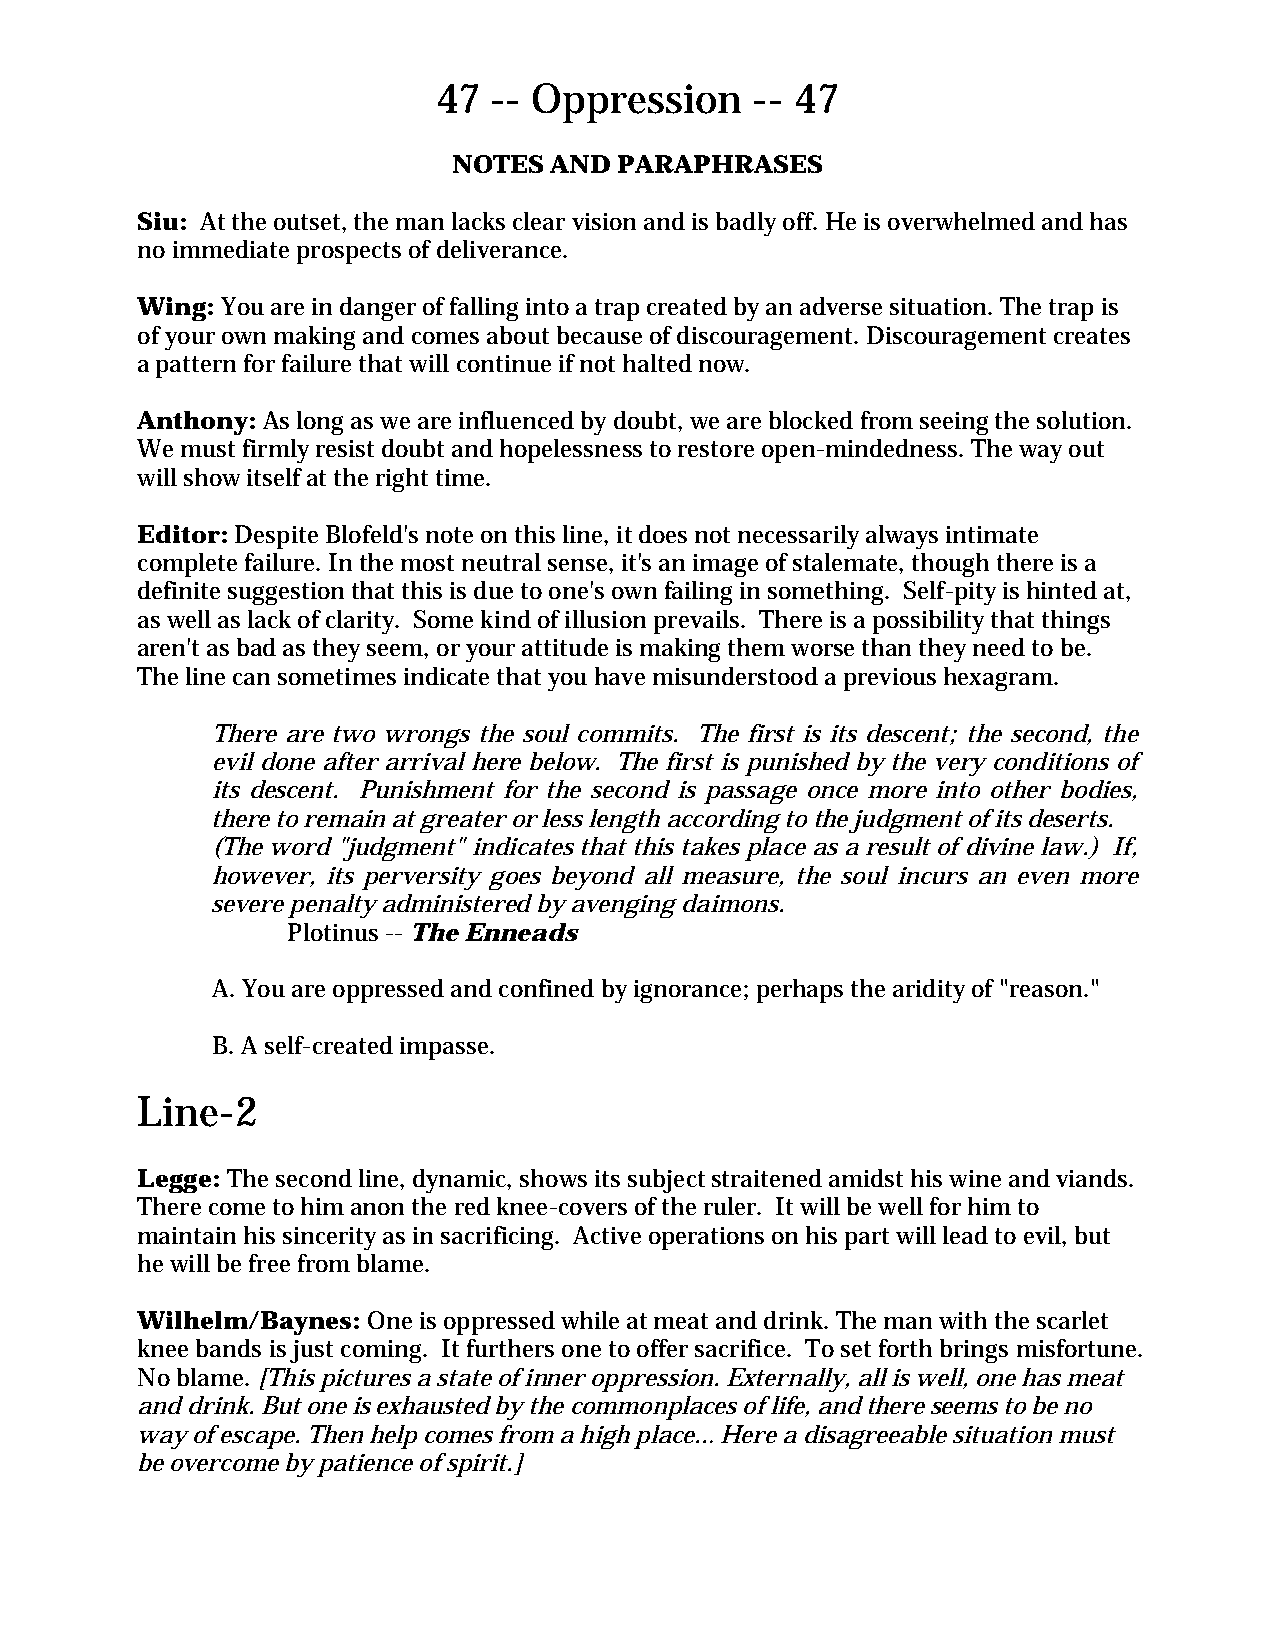
47 -- Oppression     -- 47
 NOTES AND  PARAPHRASES
 Siu: At the outset, the man lacks clear vision and is badly off. He is overwhelmed and has
 no immediate prospects of deliverance.
 Wing: You are in danger of falling into a trap created by an adverse situation. The trap is
 of your own making and comes about because of discouragement. Discouragement creates
 a pattern for failure that will continue if not halted now.
 Anthony: As long as we are influenced by doubt, we are blocked from seeing the solution.
 We must firmly resist doubt and hopelessness to restore open-mindedness. The way out
 will show itself at the right time.
 Editor: Despite Blofeld's note on this line, it does not necessarily always intimate
 complete failure. In the most neutral sense, it's an image of stalemate, though there is a
 definite suggestion that this is due to one's own failing in something. Self-pity is hinted at,
 as well as lack of clarity. Some kind of illusion prevails. There is a possibility that things
 aren't as bad as they seem, or your attitude is making them worse than they need to be.
 The line can sometimes indicate that you have misunderstood a previous hexagram.
 There are two wrongs the soul commits. The first is its descent; the second, the
 evil done after arrival here below. The first is punished by the very conditions of
 its descent. Punishment for the second is passage once more into other bodies,
 there to remain at greater or less length according to the judgment of its deserts.
 (The word "judgment" indicates that this takes place as a result of divine law.) If,
 however, its perversity goes beyond all measure, the soul incurs an even more
 severe penalty administered by avenging daimons.
 Plotinus -- The Enneads
 A. You are oppressed and confined by ignorance; perhaps the aridity of "reason."
 B. A self-created impasse.
 Line-2
 Legge: The second line, dynamic, shows its subject straitened amidst his wine and viands.
 There come to him anon the red knee-covers of the ruler. It will be well for him to
 maintain his sincerity as in sacrificing. Active operations on his part will lead to evil, but
 he will be free from blame.
 Wilhelm/Baynes: One is oppressed while at meat and drink. The man with the scarlet
 knee bands is just coming. It furthers one to offer sacrifice. To set forth brings misfortune.
 No blame. [This pictures a state of inner oppression. Externally, all is well, one has meat
 and drink. But one is exhausted by the commonplaces of life, and there seems to be no
 way of escape. Then help comes from a high place… Here a disagreeable situation must
 be overcome by patience of spirit.]